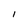
Character: I